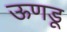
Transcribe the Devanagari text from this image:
ऊणडू